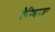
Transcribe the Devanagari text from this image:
सैनिकदप्तर